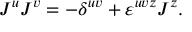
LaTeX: J ^ { u } J ^ { v } = - \delta ^ { u v } + \varepsilon ^ { u v z } J ^ { z } .